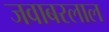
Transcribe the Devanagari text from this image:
जवाबरलाल